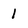
Character: 1